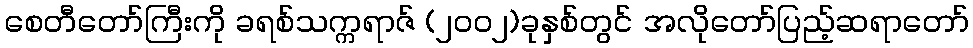
စေတီတော်ကြီးကို ခရစ်သက္ကရာဇ် (၂၀၀၂)ခုနှစ်တွင် အလိုတော်ပြည့်ဆရာတော်